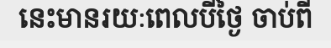
នេះមានរយៈពេលបីថ្ងៃ ចាប់ពី